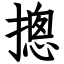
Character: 摠